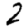
Digit: 2